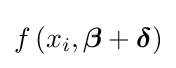
f\left(x_{i},{\boldsymbol {\beta }}+{\boldsymbol {\delta }}\right)